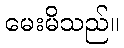
မေးမိသည်။